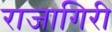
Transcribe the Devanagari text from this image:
राजागिरी